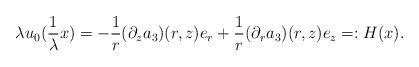
LaTeX: \begin{align*}\lambda u_0 ( \frac 1 {\lambda} x) =- \frac 1 r (\partial_z a_3)(r,z) e_r + \frac 1 r (\partial_r a_3)(r,z) e_z =:H(x).\end{align*}